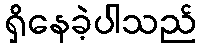
ရှိနေခဲ့ပါသည်